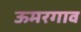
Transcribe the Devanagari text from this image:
ऊमरगाव